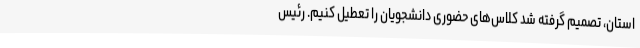
استان، تصمیم گرفته شد کلاس‌های حضوری دانشجویان را تعطیل کنیم. رئیس